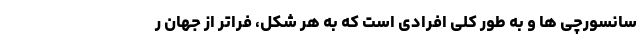
سانسورچی ها و به طور کلی افرادی است که به هر شکل، فراتر از جهان ر